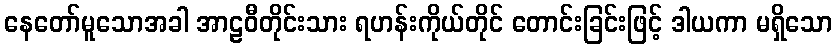
နေတော်မူသောအခါ အာဠဝီတိုင်းသား ရဟန်းကိုယ်တိုင် တောင်းခြင်းဖြင့် ဒါယကာ မရှိသော